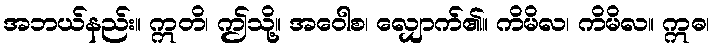
အဘယ်နည်း။ ဣတိ၊ ဤသို့။ အဝေါစ၊ လျှောက်၏။ ကိမိလ၊ ကိမိလ။ ဣဓ၊